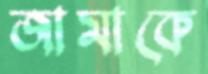
জামাকে